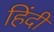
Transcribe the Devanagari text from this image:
हिंंदी